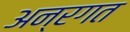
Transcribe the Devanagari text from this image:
अन्रगत